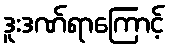
ဒူးဒဏ်ရာကြောင့်